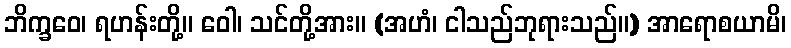
ဘိက္ခဝေ၊ ရဟန်းတို့။ ဝေါ၊ သင်တို့အား။ (အဟံ၊ ငါသည်ဘုရားသည်။) အာရောစယာမိ၊